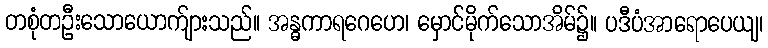
တစုံတဦးသောယောက်ျားသည်။ အန္ဓကာရဂေဟေ၊ မှောင်မိုက်သောအိမ်၌။ ပဒီပံအာရောပေယျ၊